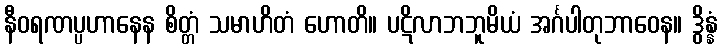
နီဝရဏပ္ပဟာနေန စိတ္တံ သမာဟိတံ ဟောတိ။ ပဋိလာဘဘူမိယံ အင်္ဂပါတုဘာဝေန။ ဒွိန္နံ